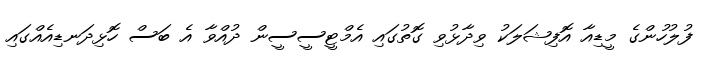
ފުލުހުންގެ މީޑިއާ އޮފިޝަލަކު ވިދާޅުވި ގޮތުގައި އެމްޓީސީސީން ދުއްވާ އެ ބަސް ހޮޅިދަނޑިއެއްގައި